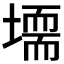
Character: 𡑂